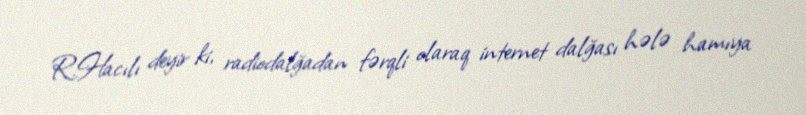
R.Hacılı deyir ki, radiodalğadan fərqli olaraq internet dalğası hələ hamıya